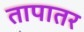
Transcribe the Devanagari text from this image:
तापातर